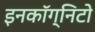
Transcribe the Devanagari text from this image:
इनकॉग्निटो